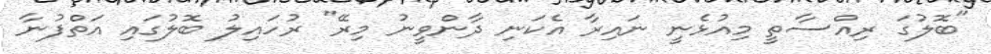
"ބޮލުގަ ރިއްސާތީ މިއުޅެނީ ނައިރާ އެކަނި ދާންވީނު މިރޭ" ރުހައިލު ބޮލުގައި އަތްފުނާ